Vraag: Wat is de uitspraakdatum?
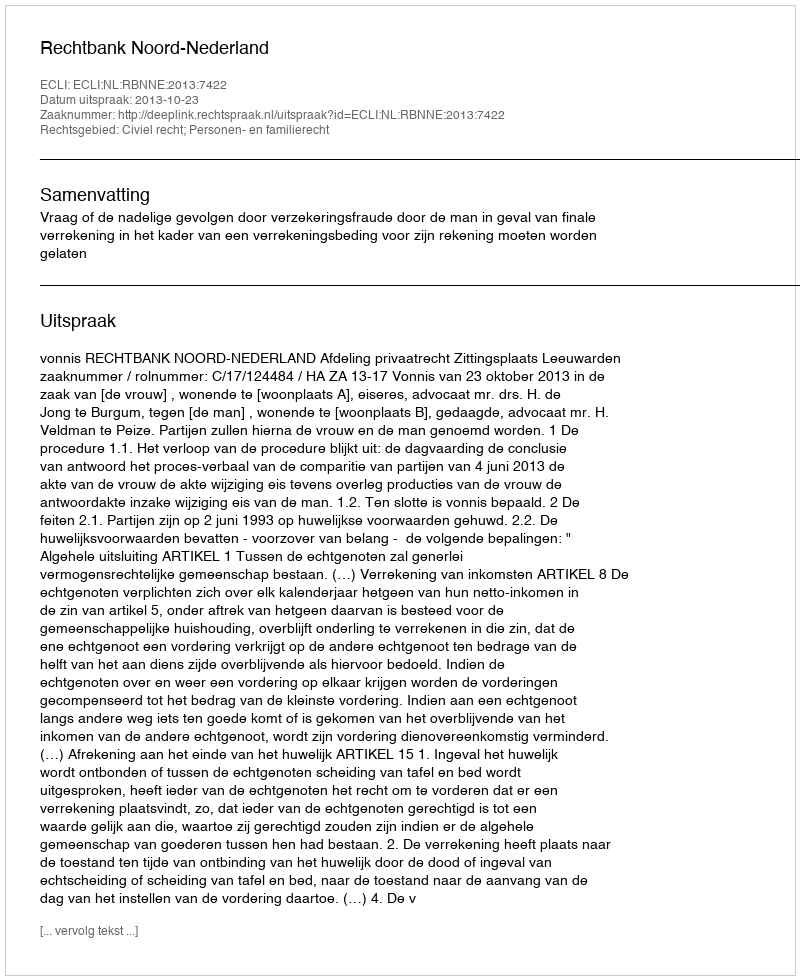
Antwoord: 2013-10-23